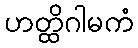
ဟတ္ထိဂါမကံ